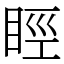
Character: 䀴